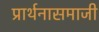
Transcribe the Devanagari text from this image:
प्रार्थनासमाजी